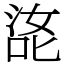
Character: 㖳